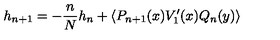
h _ { n + 1 } = - \frac { n } { N } h _ { n } + \left\langle P _ { n + 1 } ( x ) V _ { 1 } ^ { \prime } ( x ) Q _ { n } ( y ) \right\rangle